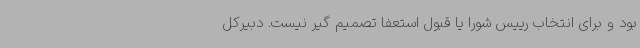
بود و برای انتخاب رییس شورا یا قبول استعفا تصمیم گیر نیست. دبیرکل